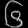
Digit: ၆